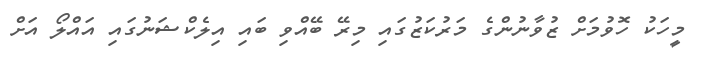
މީހަކު ހޮވުމަށް ޒުވާނުންގެ މަރުކަޒުގައި މިރޭ ބޭއްވި ބައި އިލެކްޝަނުގައި އައްލޯ އަށް